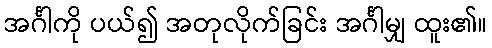
အင်္ဂါကို ပယ်၍ အတုလိုက်ခြင်း အင်္ဂါမျှ ထူး၏။